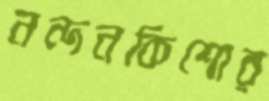
নন্দনকিশোর